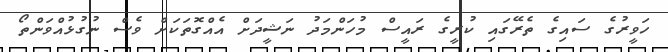
ހަވީރުގެ ސައިގެ ތެރޭގައި ކުރީގެ ރައީސް މުހަންމަދު ނަޝީދަށް އެއްގޮތަކަށް ވެސް ނުގުޅުއްވަންތޯ